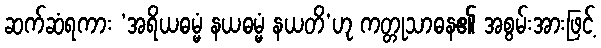
ဆက်ဆံရကား ‘အရိယဓမ္မံ နယဓမ္မံ နယတိ’ဟု ကတ္တုသာဓန၏ အစွမ်းအားဖြင့်